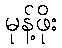
မုန့်ဖိုး